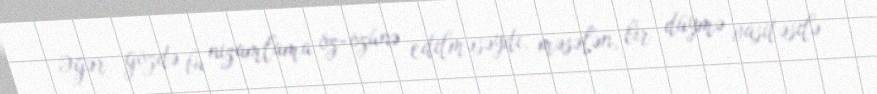
Əgər gözdə bu nizamlama öz-özünə edilməsəydi, məsələn, bir düymə vasitəsilə